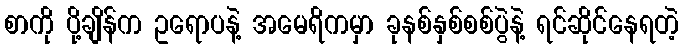
စာကို ပို့ချိန်က ဥရောပနဲ့ အမေရိကမှာ ခုနစ်နှစ်စစ်ပွဲနဲ့ ရင်ဆိုင်နေရတဲ့